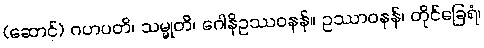
(ဆောင်) ဂဟပတိ၊ သမ္မုတိ၊ ဂေါနိဥဿဝနန်။ ဥဿာဝနန်၊ တိုင်ခြေရံ၊